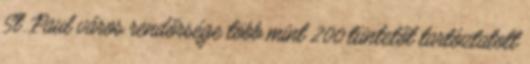
St. Paul város rendőrsége több mint 200 tüntetőt tartóztatott